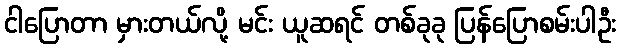
ငါပြောတာ မှားတယ်လို့ မင်း ယူဆရင် တစ်ခုခု ပြန်ပြောစမ်းပါဦး